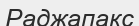
Раджапакс